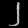
Digit: ၂